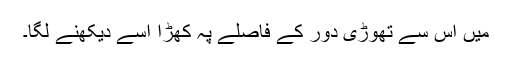
میں اس سے تھوڑی دور کے فاصلے پہ کھڑا اسے دیکھنے لگا۔